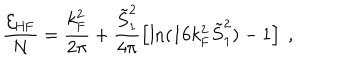
\frac { { \cal E } _ { \mathrm { H F } } } { N } = \frac { k _ { \mathrm { F } } ^ { 2 } } { 2 \pi } + \frac { \tilde { S } _ { 1 } ^ { 2 } } { 4 \pi } \left[ \ln ( 1 6 k _ { \mathrm { F } } ^ { 2 } \tilde { S } _ { 1 } ^ { 2 } ) - 1 \right] \ ,